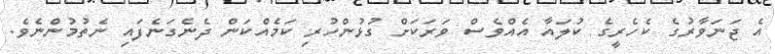
އެ ޖަނަވާރުގެ ކެހެރީގެ ކުލައާ އެއްވެސް ވަރަކަށް ގުޅުންހުރި ކަމެއްކަން ދެނެގަނެފައި ނެތުމުންނެވެ.